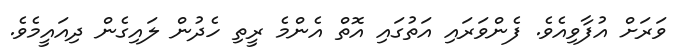
ވަރަށް އުފާވިއެވެ. ފެންވަރައި އަތުގައި އޮތް އެންމެ ރީތި ހެދުން ލައިގެން ދިއައީމެވެ.